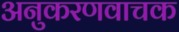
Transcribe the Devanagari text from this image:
अनुकरणवाचक